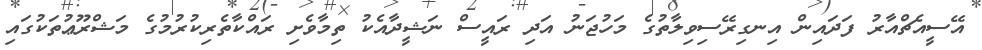
އޭސީއެޗްއާރު ފަދައިން އިނގިރޭސިވިލާތުގެ މަހުޖަނު އަދި ރައީސް ނަޝީދާއެކު ތިމާވެށި ރައްކާތެރިކުރުމުގެ މަޝްރޫޢުތަކުގައި